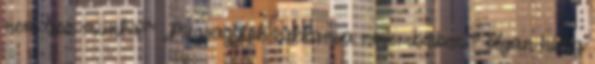
nem lesz munka?” „Megvagytok zakkanva novemberben ? olyan hideg